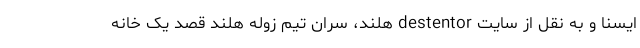
ایسنا و به نقل از سایت destentor هلند، سران تیم زوله هلند قصد یک خانه